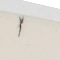
١